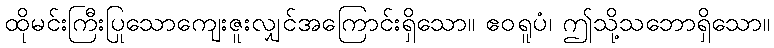
ထိုမင်းကြီးပြုသောကျေးဇူးလျှင်အကြောင်းရှိသော။ ဧဝရူပံ၊ ဤသို့သဘောရှိသော။